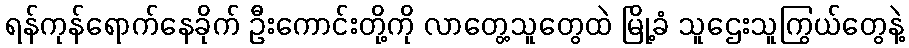
ရန်ကုန်ရောက်နေခိုက် ဦးကောင်းတို့ကို လာတွေ့သူတွေထဲ မြို့ခံ သူဌေးသူကြွယ်တွေနဲ့